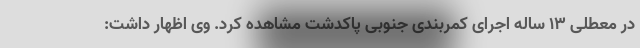
در معطلی ۱۳ ساله اجرای کمربندی جنوبی پاکدشت مشاهده کرد. وی اظهار داشت: